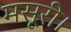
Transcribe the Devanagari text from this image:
मसूरी।